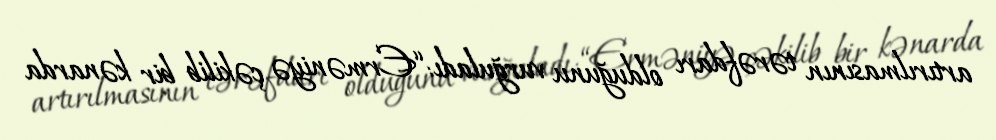
artırılmasının tərəfdarı olduğunu vurğuladı: “Erməniyə çəkilib bir kənarda